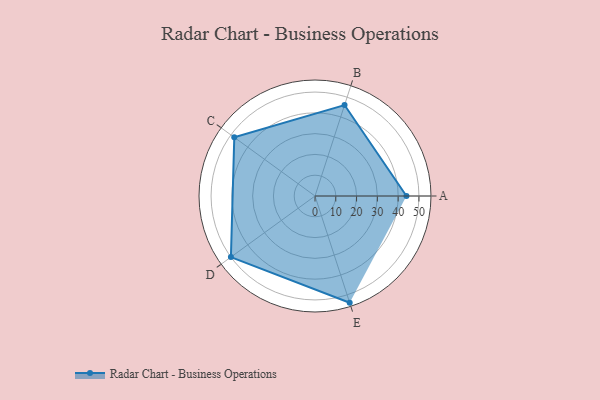
{"axis": {"x": "Skill", "y": "Score"}, "legend": ["Profile"], "data": [{"x": "A", "y": 44.0, "type": "Profile"}, {"x": "B", "y": 46.0, "type": "Profile"}, {"x": "C", "y": 48.0, "type": "Profile"}, {"x": "D", "y": 50.0, "type": "Profile"}, {"x": "E", "y": 54.0, "type": "Profile"}]}